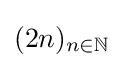
{\textstyle (2n)_{n\in \mathbb {N} }}